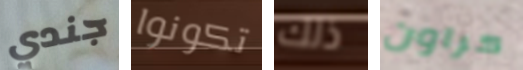
جندي تكونوا ذلك كراون